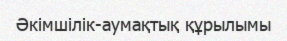
Әкімшілік-аумақтық құрылымы